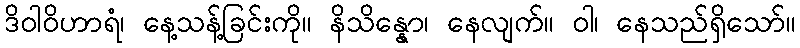
ဒိဝါဝိဟာရံ၊ နေ့သန့်ခြင်းကို။ နိသိန္နော၊ နေလျက်။ ဝါ၊ နေသည်ရှိသော်။